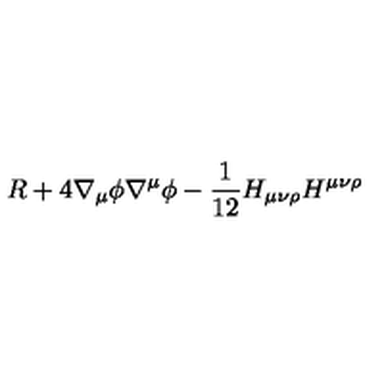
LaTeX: R + 4 \nabla _ { \mu } \phi \nabla ^ { \mu } \phi - { \frac { 1 } { 1 2 } } H _ { \mu \nu \rho } H ^ { \mu \nu \rho }